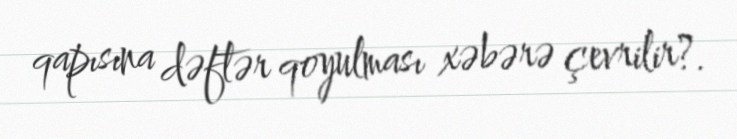
qapısına dəftər qoyulması xəbərə çevrilir?.